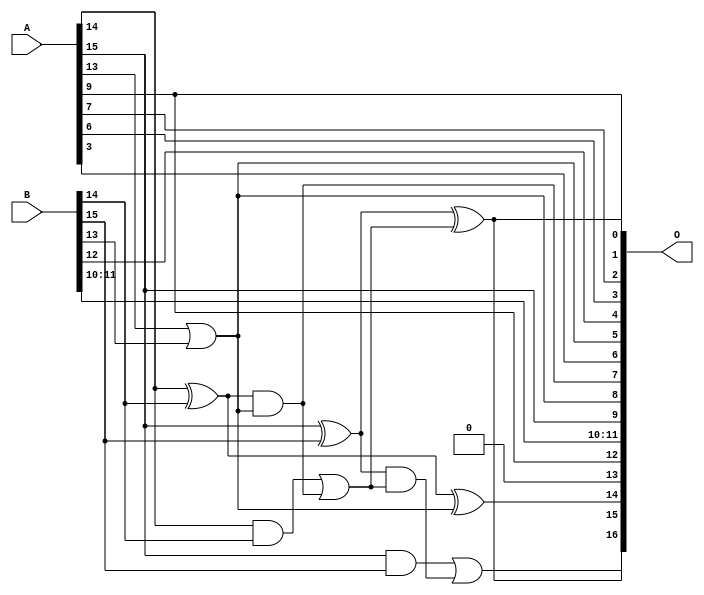
/***
* This code is a part of EvoApproxLib library (ehw.fit.vutbr.cz/approxlib) distributed under The MIT License.
* When used, please cite the following article(s):  
* This file contains a circuit from a sub-set of pareto optimal circuits with respect to the pwr and mae parameters
***/
// MAE% = 3.52 %
// MAE = 4619 
// WCE% = 9.74 %
// WCE = 12763 
// WCRE% = 700.20 %
// EP% = 99.99 %
// MRE% = 9.54 %
// MSE = 30582.328e3 
// PDK45_PWR = 0.011 mW
// PDK45_AREA = 31.9 um2
// PDK45_DELAY = 0.27 ns


module add16u_02E(A, B, O);
  input [15:0] A, B;
  output [16:0] O;
  wire sig_95, sig_99, sig_100, sig_103, sig_104, sig_105;
  wire sig_106;
  assign O[6] = A[3];
  assign O[13] = 1'b0;
  assign sig_95 = A[13] | B[13];
  assign O[5] = sig_95;
  assign sig_99 = A[14] ^ B[14];
  assign sig_100 = A[14] & B[14];
  assign O[7] = sig_99 & O[5];
  assign O[14] = sig_99 ^ O[5];
  assign sig_103 = sig_100 | O[7];
  assign sig_104 = A[15] ^ B[15];
  assign sig_105 = A[15] & B[15];
  assign sig_106 = sig_104 & sig_103;
  assign O[1] = sig_104 ^ sig_103;
  assign O[16] = sig_105 | sig_106;
  assign O[0] = A[9];
  assign O[2] = A[7];
  assign O[3] = A[6];
  assign O[4] = B[12];
  assign O[8] = O[5];
  assign O[9] = A[15];
  assign O[10] = B[10];
  assign O[11] = B[11];
  assign O[12] = A[9];
  assign O[15] = O[1];
endmodule